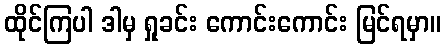
ထိုင်ကြပါ ဒါမှ ရှုခင်း ကောင်းကောင်း မြင်ရမှာ။